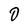
Character: 0